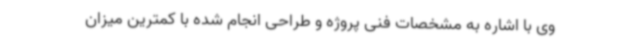
وی با اشاره به مشخصات فنی پروژه و طراحی انجام شده با کمترین میزان